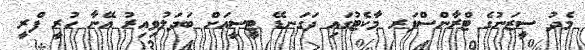
މެދު ސީޒަނުގެ ޓްރާންސްފަރ މާކެޓުގައި ދަގަނޑޭ ޓީސީއަށް ބަދަލުވިއިރު އޭނާ ހުރީ ފްރީ